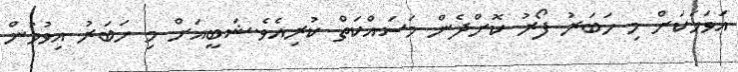
އަވަހަކަށް މި ހަބަރު ފޯރު ކޮށްދެން މަސައްކަތް ކުރިއެވެ.ޝަބީއަށް މި ހަބަރު އިވުމުން